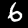
Digit: 6